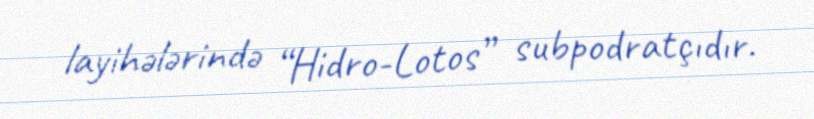
layihələrində “Hidro-Lotos” subpodratçıdır.